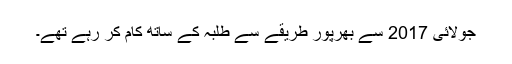
جولائی 2017 سے بھرپور طریقے سے طلبہ کے ساتھ کام کر رہے تھے۔